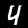
Label: 4